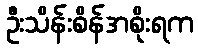
ဦးသိန်းစိန်အစိုးရက